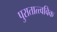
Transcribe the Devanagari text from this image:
पुरातात्त्वविक